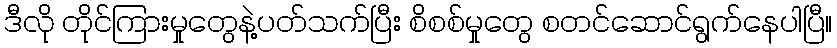
ဒီလို တိုင်ကြားမှုတွေနဲ့ပတ်သက်ပြီး စိစစ်မှုတွေ စတင်ဆောင်ရွက်နေပါပြီ။